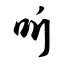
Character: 听